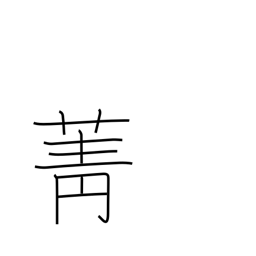
Meaning: turnip